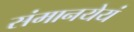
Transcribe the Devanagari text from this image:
संमानयेयं